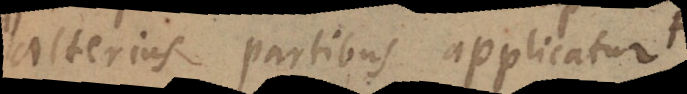
alterius partibus applicatur,